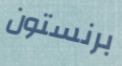
برنستون